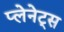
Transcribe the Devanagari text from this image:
प्लेनेट्स